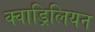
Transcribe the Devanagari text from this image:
क्वाड्रिलियन